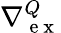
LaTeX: \nabla{}_{\mathrm{~e~x~}}^{Q}